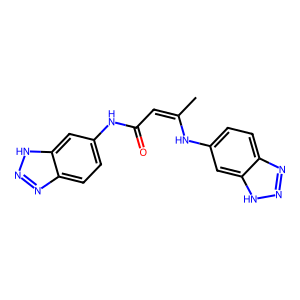
SMILES: CC(=CC(=O)Nc1ccc2nn[nH]c2c1)Nc1ccc2nn[nH]c2c1
Inhibits HIV replication: No